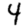
Digit: 4